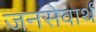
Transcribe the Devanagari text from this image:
जनसेवार्थ